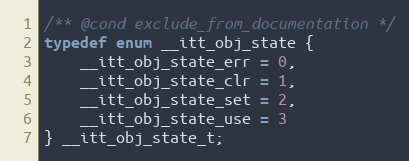
Language: C
/** @cond exclude_from_documentation */
typedef enum __itt_obj_state {
    __itt_obj_state_err = 0,
    __itt_obj_state_clr = 1,
    __itt_obj_state_set = 2,
    __itt_obj_state_use = 3
} __itt_obj_state_t;